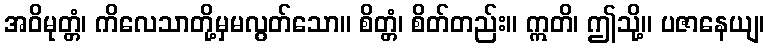
အဝိမုတ္တံ၊ ကိလေသာတို့မှမလွတ်သော။ စိတ္တံ၊ စိတ်တည်း။ ဣတိ၊ ဤသို့။ ပဇာနေယျ၊